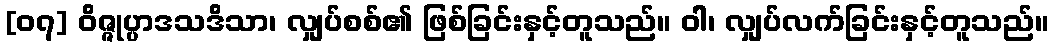
[၀၇] ဝိဇ္ဇုပ္ပာဒသဒိသာ၊ လျှပ်စစ်၏ ဖြစ်ခြင်းနှင့်တူသည်။ ဝါ၊ လျှပ်လက်ခြင်းနှင့်တူသည်။